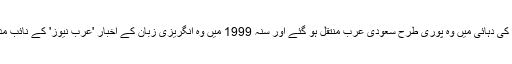
سنہ 1990 کی دہائی میں وہ پوری طرح سعودی عرب منتقل ہو گئے اور سنہ 1999 میں وہ انگریزی زبان کے اخبار 'عرب نیوز' کے نائب مدیر بن گئے۔